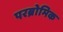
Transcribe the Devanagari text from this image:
परब्रोमिक